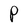
Character: P